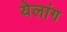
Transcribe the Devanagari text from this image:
येलांग